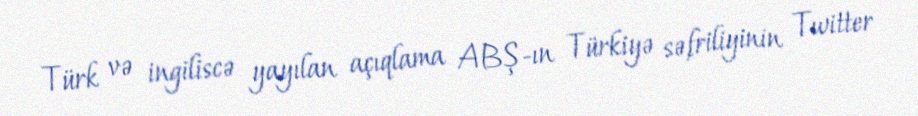
Türk və ingiliscə yayılan açıqlama ABŞ-ın Türkiyə səfriliyinin Twitter